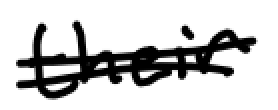
Text: their
Cross-out: mix
Writing tool: digital_black